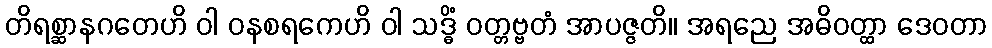
တိရစ္ဆာနဂတေဟိ ဝါ ဝနစရကေဟိ ဝါ သဒ္ဓိံ ဝတ္တဗ္ဗတံ အာပဇ္ဇတိ။ အရညေ အဓိဝတ္ထာ ဒေဝတာ